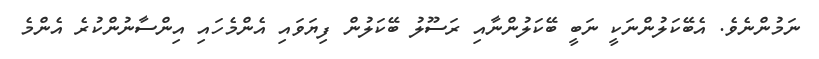
ނަމުންނެވެ. އެބޭކަލުންނަކީ ނަބީ ބޭކަލުންނާއި ރަސޫލު ބޭކަލުން ފިޔަވައި އެންމެހައި އިންސާނުންކުރެ އެންމެ